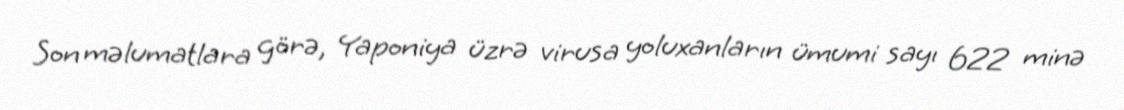
Son məlumatlara görə, Yaponiya üzrə virusa yoluxanların ümumi sayı 622 minə